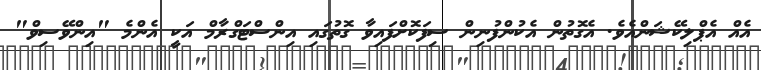
އެއް އެޕްލިކޭޝަންއެވެ. އެގޮތުން އެކުންފުނިން ސިފަކޮށްފައިވާ ގޮތުގައި އިންސްޓަގްރާމް އަކީ އެންމެ "އިންވޭސިވް"